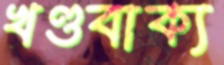
খণ্ডবাক্য